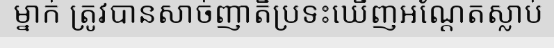
ម្នាក់ ត្រូវបានសាច់ញាតិប្រទះឃើញអណ្តែតស្លាប់